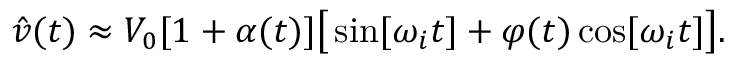
\hat { v } ( t ) \approx V _ { 0 } [ 1 + \alpha ( t ) ] \big [ \sin [ \omega _ { i } t ] + \varphi ( t ) \cos [ \omega _ { i } t ] \big ] .